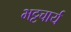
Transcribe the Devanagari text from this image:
भट्टचार्य